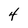
Character: 4